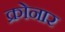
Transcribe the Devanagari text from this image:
क्रोनार